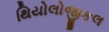
થિયોલોજીકલ